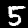
Digit: 5